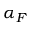
\alpha _ { F }